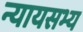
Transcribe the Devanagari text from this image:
न्यायसभ्य